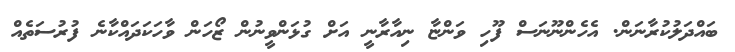
ބައްދަލުކުރާނަން. އެހެންނޫނަސް ފޫހި ވަންޏާ ނިއާރާނީ އަށް ގުޅަންވީނުން ޒޯހަން ވާހަކަދައްކާނެ ފުރުސަތެއް